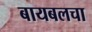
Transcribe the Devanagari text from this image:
बायबलचा